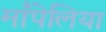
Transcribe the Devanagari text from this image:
माँपेलिया